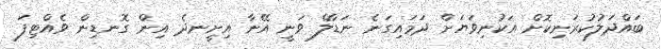
ބައްދަލުކުރަނިކޮށް އަކުނިވަޔަށް ދަމައިގަނެ ނަޑާލް ވަނީ އޭނާ އިށީނދެ އިން ގޮނޑިން ވެއްޓިފަ